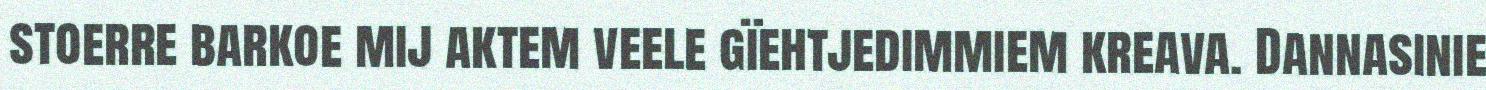
stoerre barkoe mij aktem veele gïehtjedimmiem kreava. Dannasinie